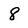
Character: 8